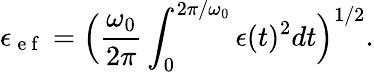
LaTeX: \epsilon_{\mathrm{~e~f~}}=\Big(\frac{\omega_{0}}{2\pi}\int_{0}^{2\pi/\omega_{0}}\epsilon(t)^{2}dt\Big)^{1/2}.